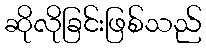
ဆိုလိုခြင်းဖြစ်သည်